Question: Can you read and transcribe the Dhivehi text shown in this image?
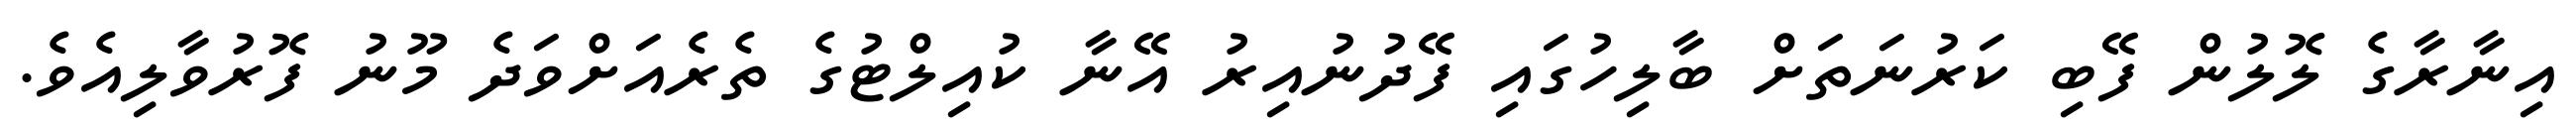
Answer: އިނާރާގެ ލޮލުން ފޭބި ކަރުނަތަށް ބާލިހުގައި ފޭދުނުއިރު އޭނާ ކުއިލްޓުގެ ތެރެއަށްވަދެ މޫނު ފޮރުވާލިއެވެ.